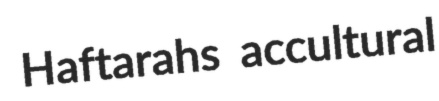
Haftarahs accultural